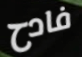
فادح